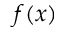
f ( x )